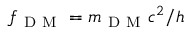
f _ { \mathrm { ~ D ~ M ~ } } = m _ { \mathrm { ~ D ~ M ~ } } c ^ { 2 } / h